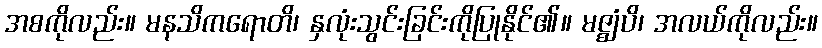
အစကိုလည်း။ မနသိကရောတိ၊ နှလုံးသွင်းခြင်းကိုပြုနိုင်၏။ မဇ္ဈံပိ၊ အလယ်ကိုလည်း။